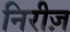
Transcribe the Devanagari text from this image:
निरीज़